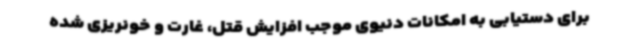
برای دستیابی به امکانات دنیوی موجب افزایش قتل، غارت و خونریزی شده